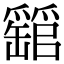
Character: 𤕁